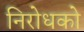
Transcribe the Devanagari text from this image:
निरोधको